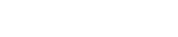
٣٦